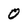
Character: 0